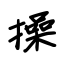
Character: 操